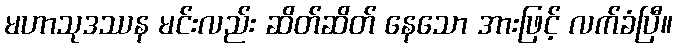
မဟာသုဒဿန မင်းလည်း ဆိတ်ဆိတ် နေသော အားဖြင့် လက်ခံပြီ။